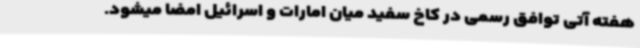
هفته آتی توافق رسمی در کاخ سفید میان امارات و اسرائیل امضا میشود.